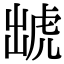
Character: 䖓